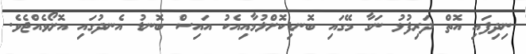
ނިދިފައި އޮތް ދަރިފުޅު ނަގާ މޭގައި ބޮނޑިކޮށްލުމާއިއެކު އައިސް ބޮނޑު އެނދުގައި އޮށޯވެއްޖެވެ.